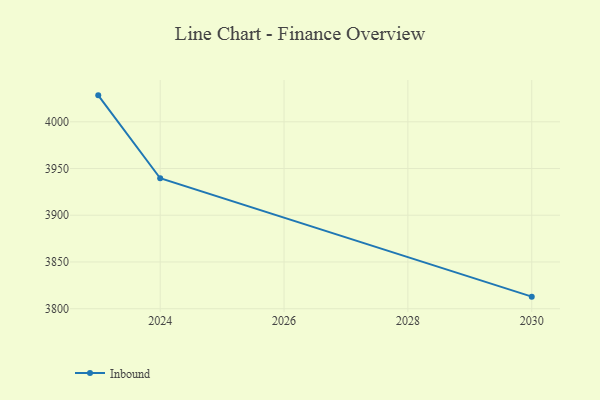
{"axis": {"x": "Year", "y": "Website Visitors"}, "legend": ["Inbound"], "data": [{"x": "2023", "y": 4028.3, "type": "Inbound"}, {"x": "2024", "y": 3939.6, "type": "Inbound"}, {"x": "2030", "y": 3812.9, "type": "Inbound"}]}